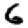
Digit: 6